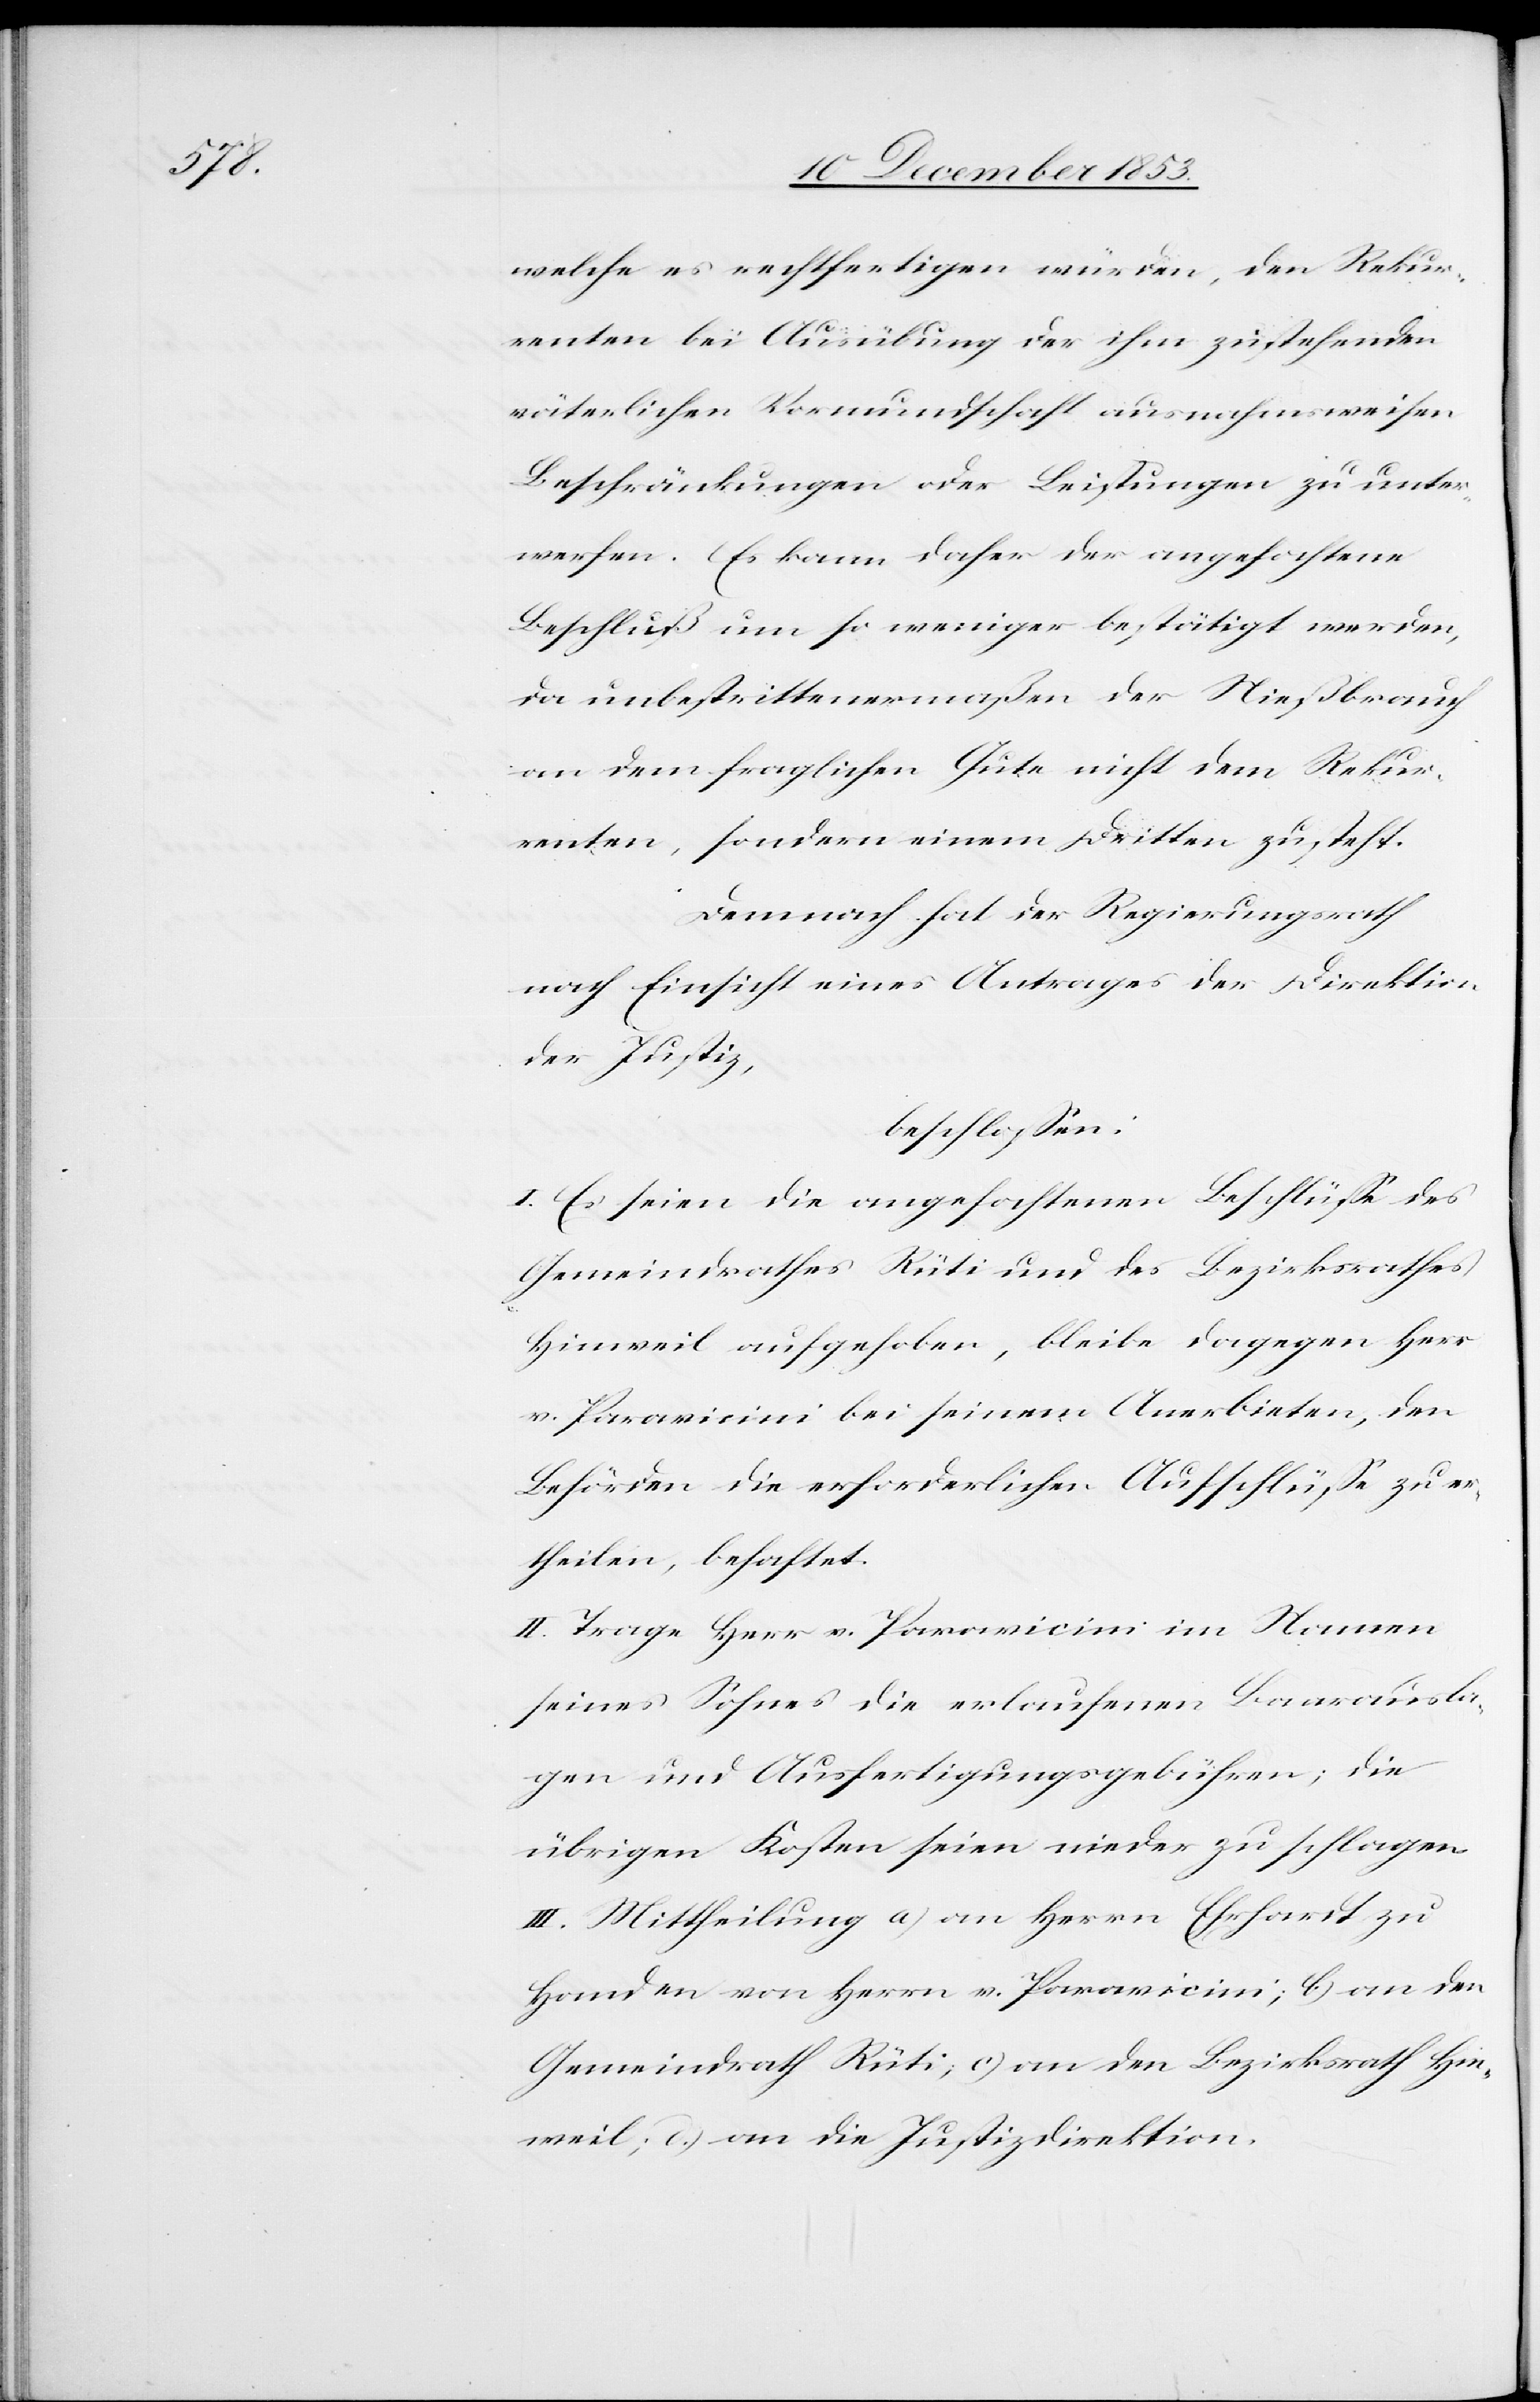
welche es rechtfertigen würden, den Rekur¬
renten bei Ausübung der ihm zustehenden
väterlichen Vormundschaft ausnahmsweisen
Beschränkungen oder Leistungen zu unter¬
werfen. Es kann daher der angefochtene
Beschluß um so weniger bestätigt werden,
da unbestrittenermaßen der Nießbrauch
an dem fraglichen Gute nicht dem Rekur¬
renten, sondern einem Dritten zusteht.
Demnach hat der Regierungsrath
nach Einsicht eines Antrages der Direktion
der Justiz,
beschloßen:
I. Es seien die angefochtenen Beschlüße des
Gemeindrathes Rüti und des Bezirksrathes
Hinweil aufgehoben, bleibe dagegen Herr
v. Paravicini bei seinem Anerbieten, den
Behörden die erforderlichen Aufschlüße zu er¬
theilen, behaftet.
II. Trage Herr v. Paravicini im Namen
seines Sohnes die erlaufenen Baarausla¬
gen und Ausfertigungsgebühren; die
übrigen Kosten seien nieder zu schlagen.
III. Mittheilung a) an Herrn Ehrhardt zu
Handen von Herrn v. Paravicini; b) an den
Gemeindrath Rüti; c) an den Bezirksrath Hin¬
weil; d) an die Justizdirektion.